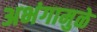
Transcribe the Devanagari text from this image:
अभंगामुळे